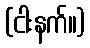
(ငါးနက်။)